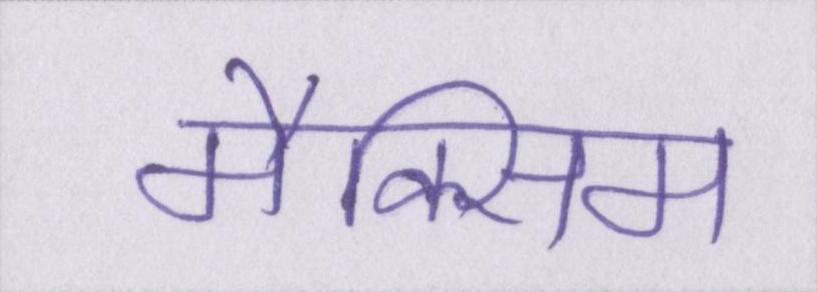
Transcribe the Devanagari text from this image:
मैक्सिम